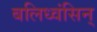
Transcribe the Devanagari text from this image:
बलिध्वंसिन्